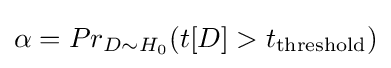
\alpha =Pr_{D\sim H_{0}}(t[D]>t_{\text{threshold}})